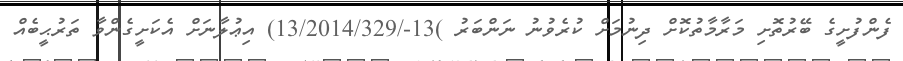
ފެންފުށީގެ ބޭރުތޮށި މަރާމާތުކޮށް ދިނުމަށް ކުރެވުނު ނަންބަރު )13-/13/2014/329) އިޢުލާނަށް އެކަށީގެންވާ ތަރުޙީބެއް